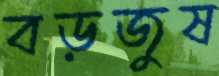
বড়জুষ